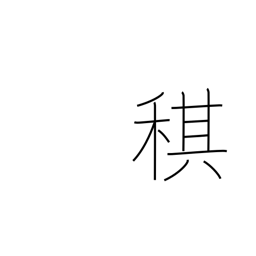
Meaning: one year